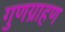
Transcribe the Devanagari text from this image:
गुणग्राहण